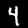
Digit: 4